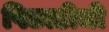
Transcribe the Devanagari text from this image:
पिछाडीची